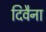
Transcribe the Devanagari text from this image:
दिवैना